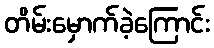
တိမ်းမှောက်ခဲ့ကြောင်း